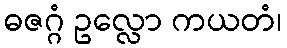
ဓဇဂ္ဂံ ဥလ္လော ကယတံ၊